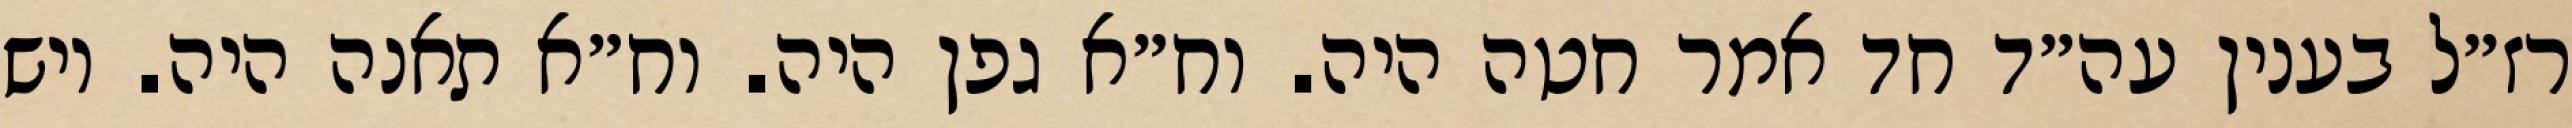
רז״ל בענין עה״ד חד אמר חטה היה. וח״א גפן היה. וח״א תאנה היה. ויש